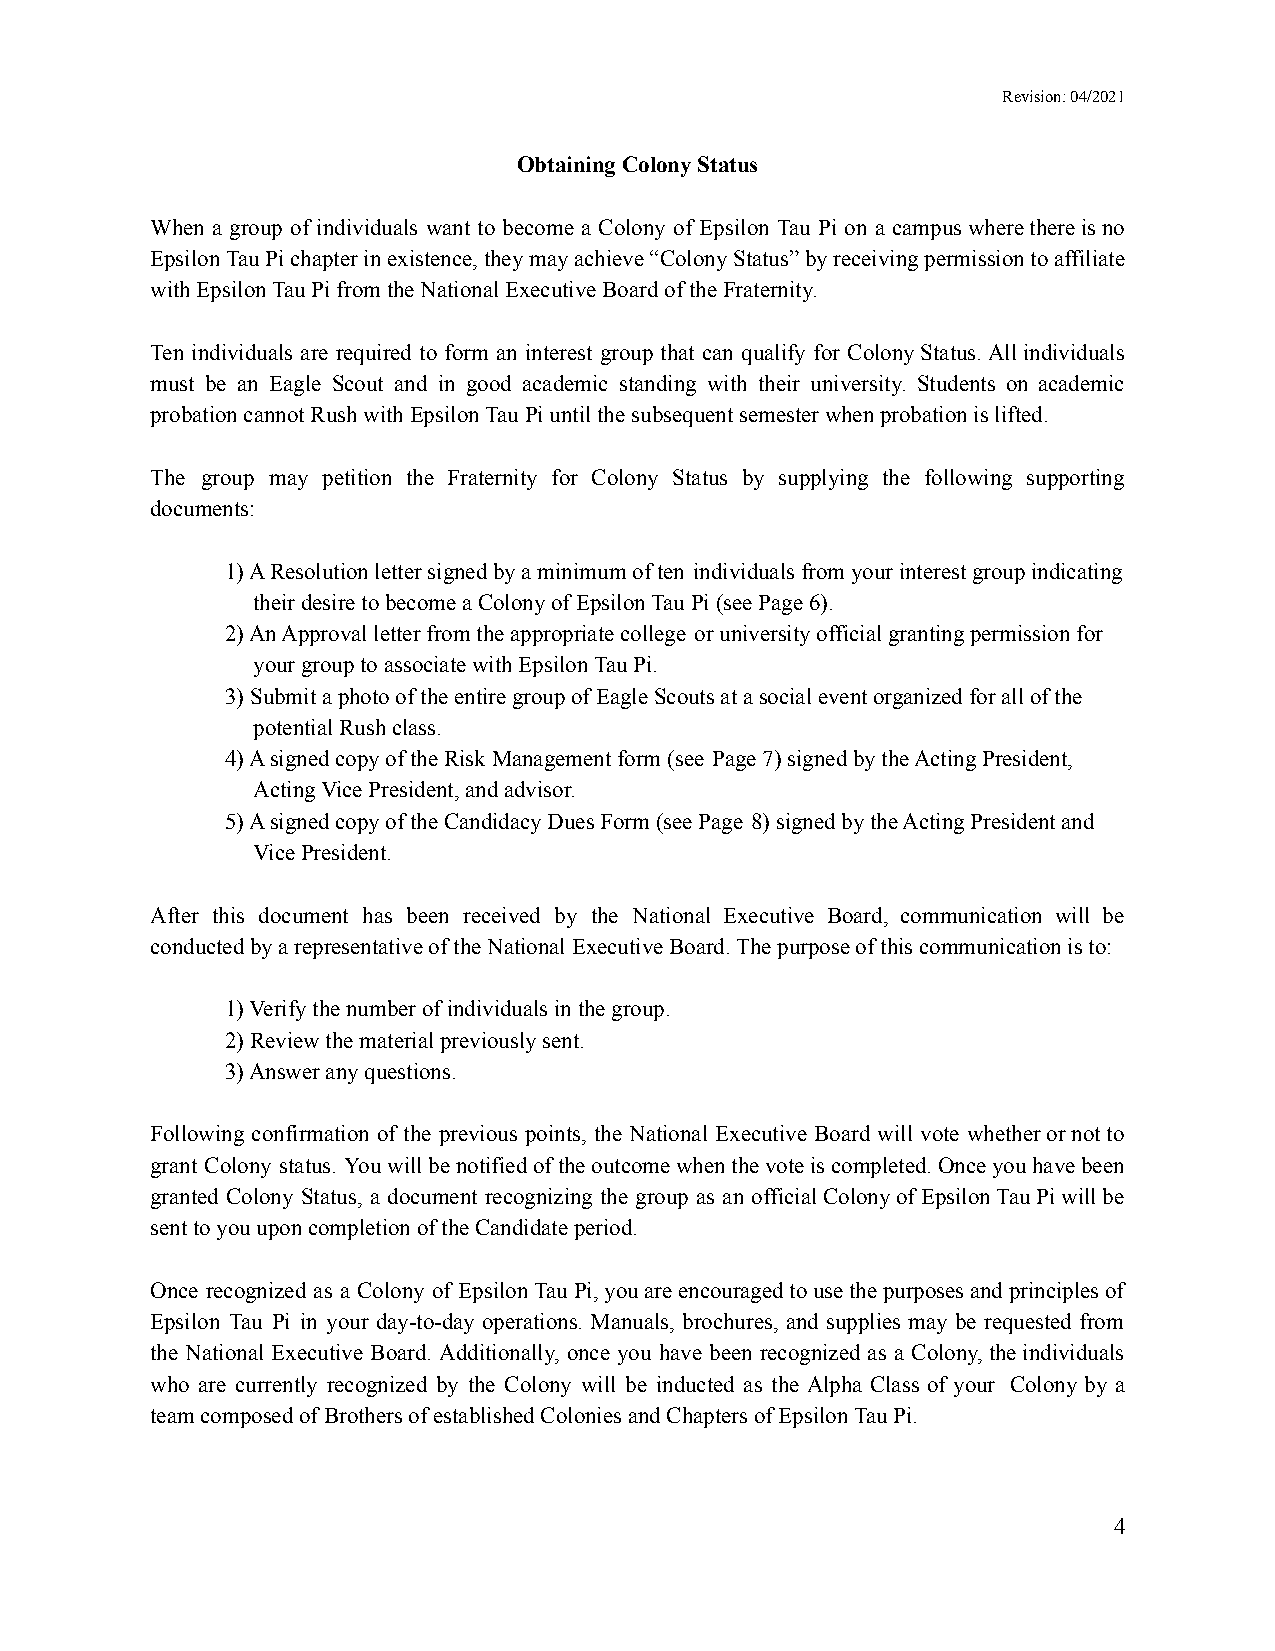
Revision: 04/2021
 Obtaining Colony Status
 When a group of individuals want to become a Colony of Epsilon Tau Pi on a campuswherethereisno
 EpsilonTauPichapterinexistence,theymayachieve“ColonyStatus”byreceivingpermissiontoaffiliate
 with Epsilon Tau Pi from the National Executive Boardof the Fraternity.
 Ten individuals are required to form an interest group that can qualify for ColonyStatus.Allindividuals
 must be an Eagle Scout and in good academic standing with their university. Students on academic
 probation cannot Rush with Epsilon Tau Pi until thesubsequent semester when probation is lifted.
 The group may petition the Fraternity for Colony Status by supplying the following supporting
 documents:
 1) A Resolution letter signed by a minimum of ten individuals from your interest group indicating
 their desire to become a Colony of Epsilon Tau Pi(see Page 6).
 2) An Approval letter from the appropriate college or university official granting permission for
 your group to associate with Epsilon Tau Pi.
 3) Submit a photo of the entire group of Eagle Scoutsat a social event organized for all of the
 potential Rush class.
 4) A signed copy of the Risk Management form (see Page 7) signed by the Acting President,
 Acting Vice President, and advisor.
 5) A signed copy of the Candidacy Dues Form (see Page 8) signed by the Acting President and
 Vice President.
 After this document has been received by the National Executive Board, communication will be
 conducted by a representative of the National ExecutiveBoard. The purpose of this communication is to:
 1) Verify the number of individuals in the group.
 2) Review the material previously sent.
 3) Answer any questions.
 Following confirmation of the previous points, the National Executive Board will vote whetherornotto
 grant Colony status. Youwillbenotifiedoftheoutcomewhenthevoteiscompleted.Onceyouhavebeen
 granted Colony Status, a document recognizing the group as an officialColonyofEpsilonTauPiwillbe
 sent to you upon completion of the Candidate period.
 Once recognized as a Colony of EpsilonTauPi,youareencouragedtousethepurposesandprinciplesof
 Epsilon Tau Pi in your day-to-day operations. Manuals, brochures, and supplies may be requested from
 the National Executive Board. Additionally, once you have been recognized as a Colony,theindividuals
 who are currently recognized by the Colony will be inducted as the Alpha Class of your Colony by a
 team composed of Brothers of established Coloniesand Chapters of Epsilon Tau Pi.
 4